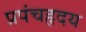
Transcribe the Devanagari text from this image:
प्रपंचहृदय